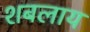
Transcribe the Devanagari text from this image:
शबलाय